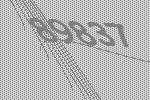
89837